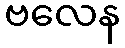
ဗလေန